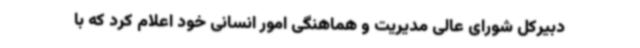
دبیرکل شورای عالی مدیریت و هماهنگی امور انسانی خود اعلام کرد که با